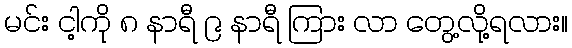
မင်း ငါ့ကို ၈ နာရီ ၉ နာရီ ကြား လာ တွေ့လို့ရလား။